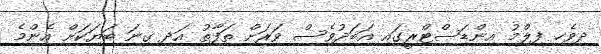
ދިވެހި ފިލްމު އިންޑަސްޓްރީގައި އަބަދުވެސް ވަރަށް ތަފާތު އަދި ގިނަ ބަޔަކަށް އެންމެ